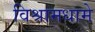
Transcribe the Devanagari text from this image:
विश्रामधामे